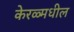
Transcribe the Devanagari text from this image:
केरळ्मधील